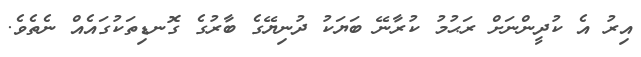
އިރު އެ ކުދީންނަށް ރަޙުމު ކުރާނޭ ބަޔަކު ދުނިޔޭގެ ބާރުގެ ގޮނޑިތަކުގައެއް ނެތެވެ.